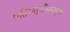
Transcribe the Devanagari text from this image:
पतिपत्‍नींमधल्या